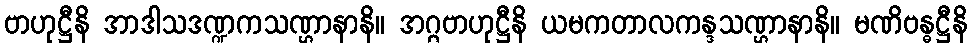
ဗာဟုဋ္ဌီနိ အာဒါသဒဏ္ဍကသဏ္ဌာနာနိ။ အဂ္ဂဗာဟုဋ္ဌီနိ ယမကတာလကန္ဒသဏ္ဌာနာနိ။ မဏိဗန္ဓဋ္ဌီနိ